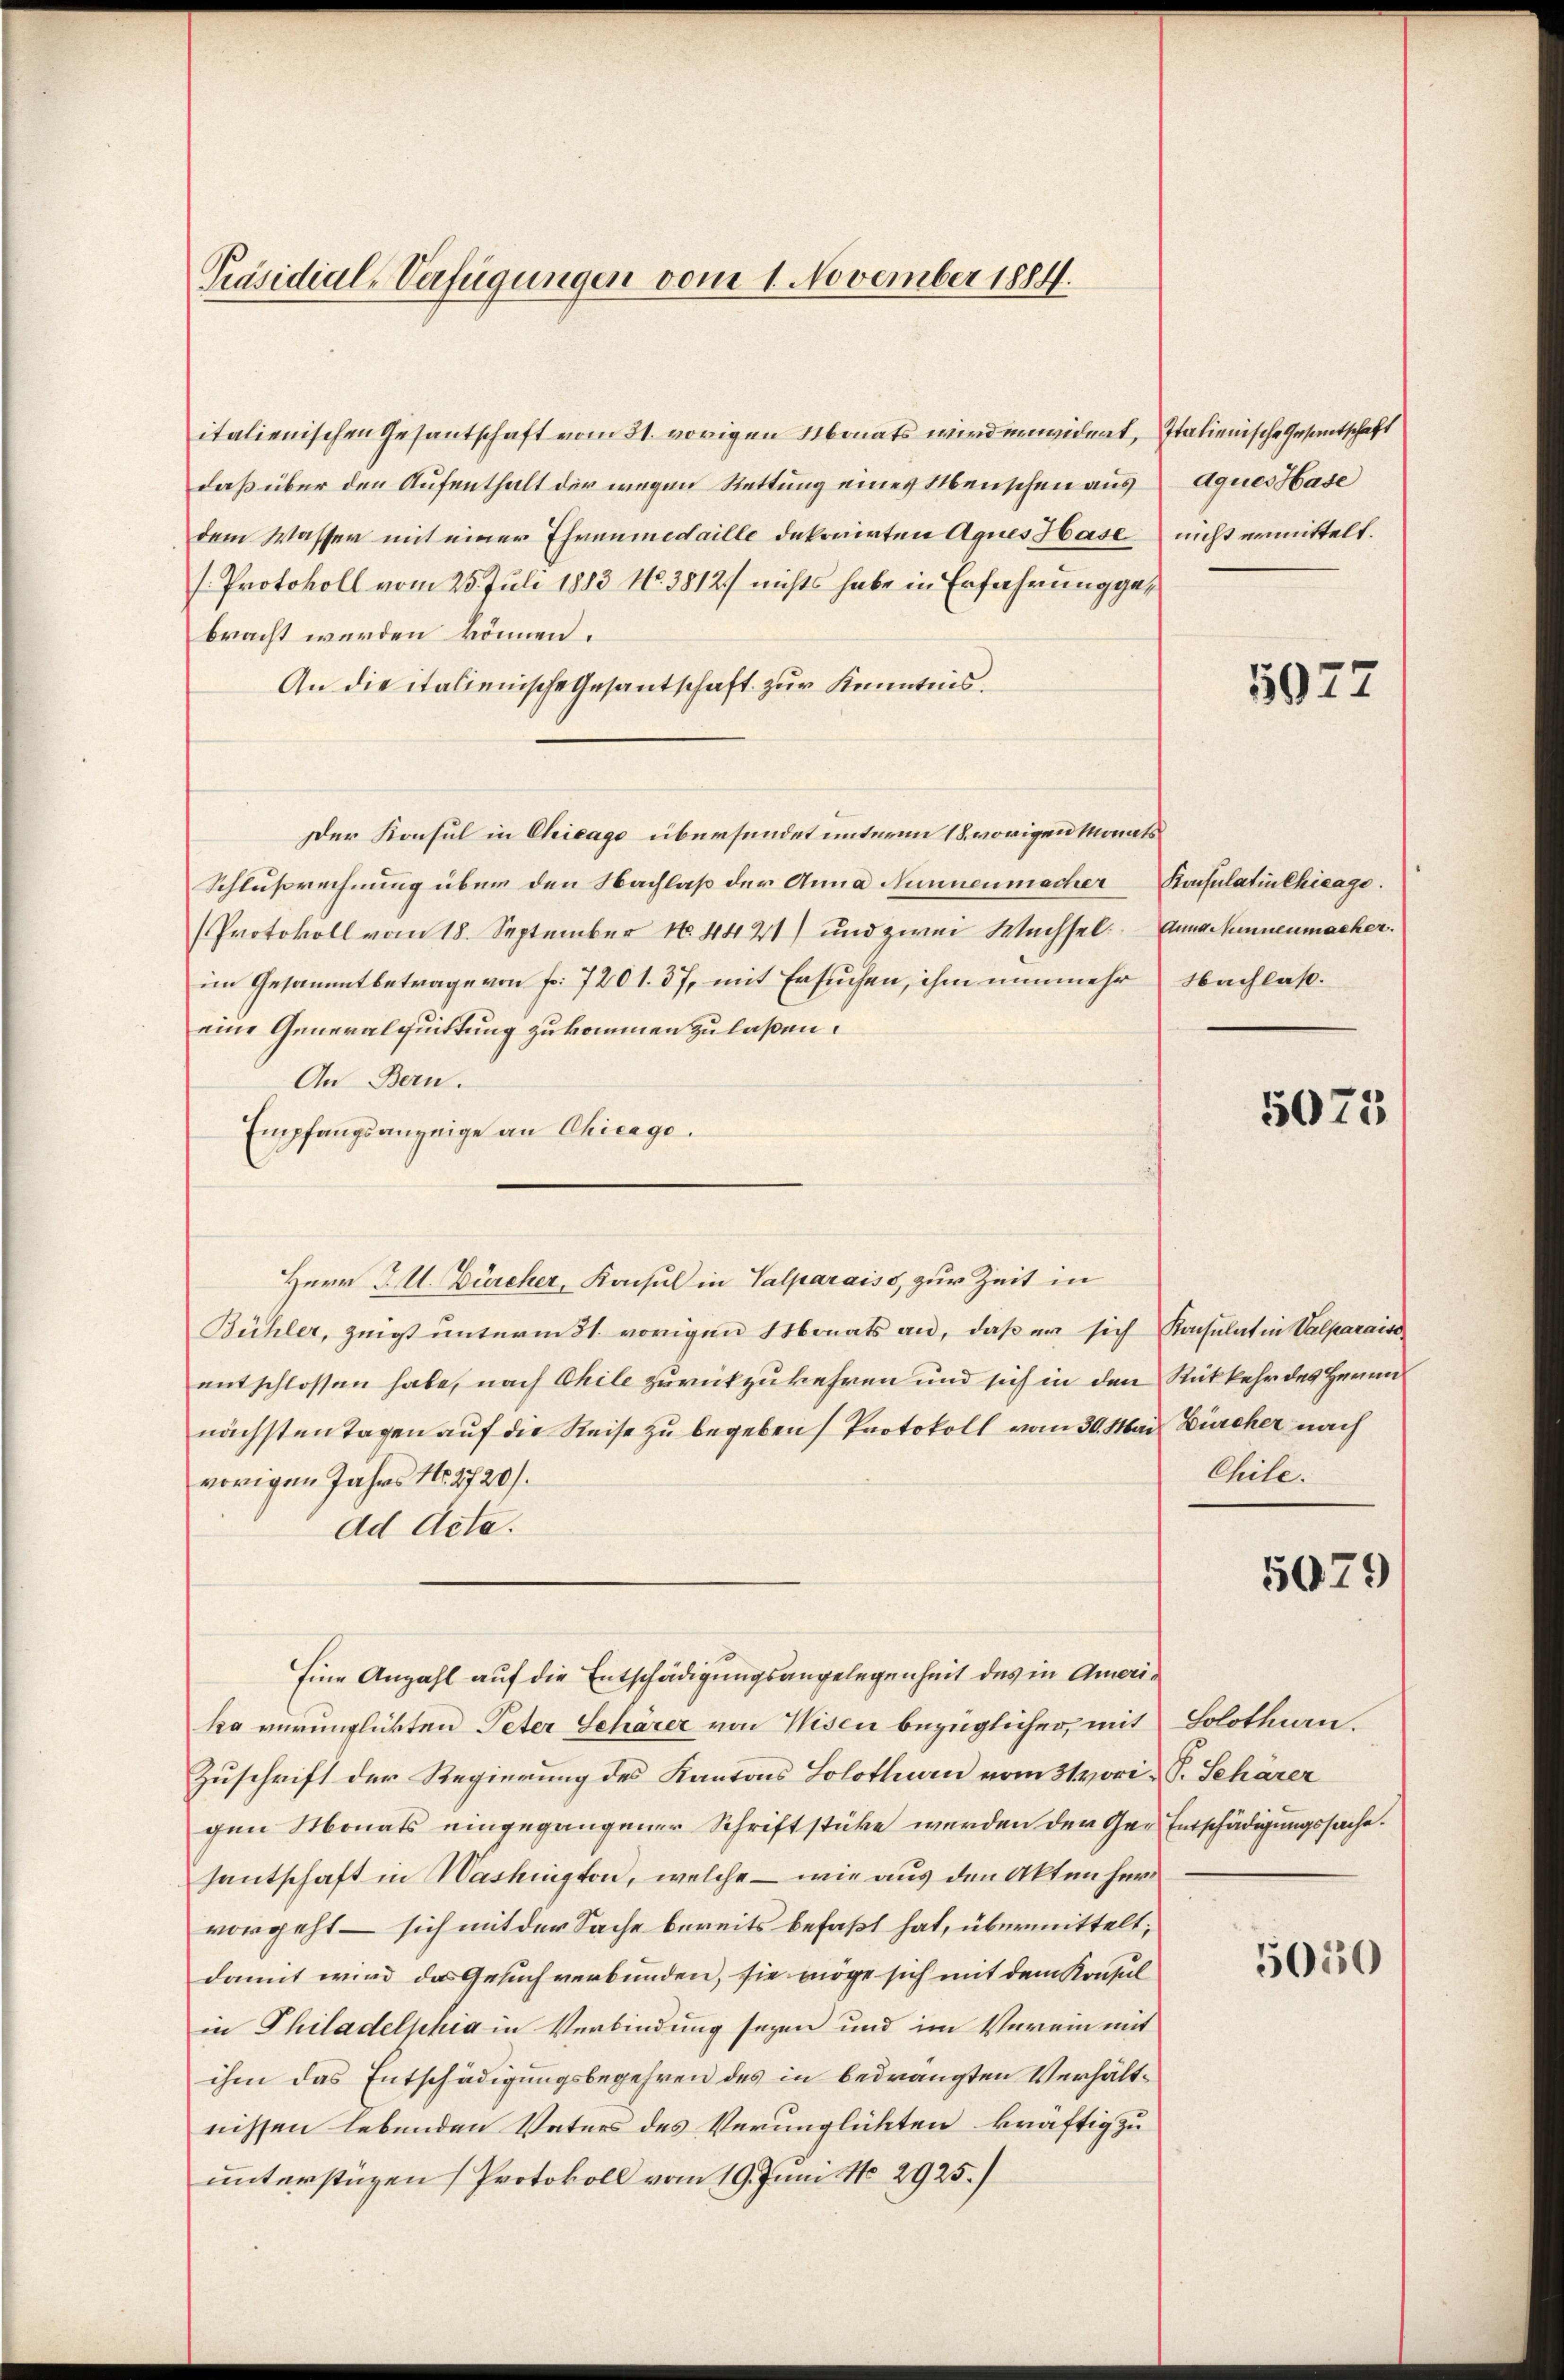
Präsidial-Verfügungen vom 1. November 1884.

italienischen Gesantschaft vom 31. vorigen Monats wird erwidert, Italienische Gesantschaft
daß über den Aufenthalt der wegen Rettung eines Menschen aus Aques Hase
dem Wasser mit einer Ehrenmedaille dekorirten Aques Hase
s Protokoll vom 25. Juli 1883 No. 3812) nichts habe in Erfahrung gebracht werden können.
An die italienische Gesantschaft zur Kenntnis.
Der Konsul in Chicago überfundet unterm 18. vorigen Monats
Schlußrechnung über den Nachlaß der Anna Nunnenmacher Konsulatin Chicage.
Protokoll vom 18. September 184421) und zwei Wechsel. Anna unenmacher.
im Gesammtbetrage von Fr. 7201. 37, mit Ersuchen, ihm nunmehr Nachlaß.
eine Generalquittung zukommen zu laßen.
An Bern.
Empfangsanzeige an Chicage.
Herr J. U. Bürcher, Konsul in Valparaiss, zur Zeit in
Bühler, zeigt unterm 21. vorigen Monats an, daß er sich Konsulat in Valparais
entschlossen habe, nach Chile zurückzukehren und sich in den Rückkehr des Herrn
nächsten Tagen auf die Reise zu begeben Protokoll vom 30. Mai Dürcher nach
vorigen Jahres Nr. 2720/.
ad Acta.
Eine Anzahl auf die Entschädigungsangelegenheit des in Amerika verunglükten Peter Schärer von Wisen bezüglicher, mit Solothurn.
Zuschrift der Regierung des Kantons Solothurn vom 31 vori S. Schärer
gen Monats eingegangener Schriftstücke werden der Ge- Entschädigungssache.
Hantschaft in Washington, welche – wie aus den Akten hervorgeht – sich mit der Sache bereits befaßt hat, übermittelt,
damit wird das Gesuch verbunden, sie möge sich mit dem Konsul
in Philadelphia in Verbindung seyen und im Verein mit
ihm das Entschädigungsbegehren des in bedrängten Verhältnissen lebenden Vaters des Verunglückten kräftig zu
unterstüzen (Protokoll vom 19. Juni No 2925.)

nicht ermittelt.

5022

5073

Chile.

5079

5050